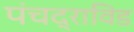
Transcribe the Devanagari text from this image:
पंचद्राविड